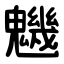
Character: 魕